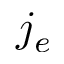
j _ { e }